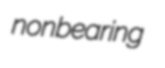
nonbearing